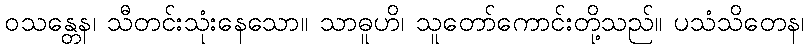
ဝသန္တေန၊ သီတင်းသုံးနေသော။ သာဓူဟိ၊ သူတော်ကောင်းတို့သည်။ ပသံသိတေန၊